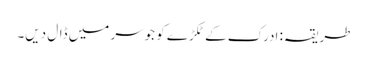
طریقہ: ادرک کے ٹکڑے کو جوسر میں ڈال دیں۔